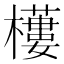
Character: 𣞾